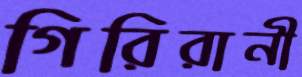
গিরিরানী